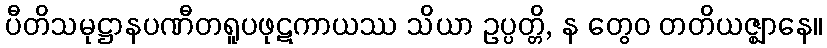
ပီတိသမုဋ္ဌာနပဏီတရူပဖုဋကာယဿ သိယာ ဥပ္ပတ္တိ, န တွေဝ တတိယဇ္ဈာနေ။